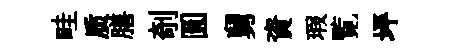
畦质膳剞圓舅資瑕覧坪